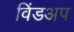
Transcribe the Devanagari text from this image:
विंडअप